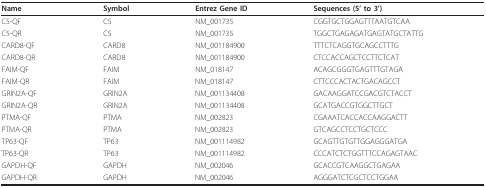
<table><thead><tr><td><b>Name</b></td><td><b>Symbol</b></td><td><b>Entrez Gene ID</b></td><td><b>Sequences (5&#x27; to 3&#x27;)</b></td></tr></thead><tbody><tr><td>C5-QF</td><td>C5</td><td>NM_001735</td><td>CGGTGCTGGAGTTTAATGTCAA</td></tr><tr><td>C5-QR</td><td>C5</td><td>NM_001735</td><td>TGGCTGAGAGATGAGTATGCTATTG</td></tr><tr><td>CARD8-QF</td><td>CARD8</td><td>NM_001184900</td><td>TTTCTCAGGTGCAGCCTTTG</td></tr><tr><td>CARD8-QR</td><td>CARD8</td><td>NM_001184900</td><td>CTCCACCAGCTCCTTCTCAT</td></tr><tr><td>FAIM-QF</td><td>FAIM</td><td>NM_018147</td><td>ACAGCGGGTGAGTTTGTAGA</td></tr><tr><td>FAIM-QR</td><td>FAIM</td><td>NM_018147</td><td>CTTCCCACTACTGACAGCCT</td></tr><tr><td>GRIN2A-QF</td><td>GRIN2A</td><td>NM_001134408</td><td>GACAAGGATCCGACGTCTACCT</td></tr><tr><td>GRIN2A-QR</td><td>GRIN2A</td><td>NM_001134408</td><td>GCATGACCGTGGCTTGCT</td></tr><tr><td>PTMA-QF</td><td>PTMA</td><td>NM_002823</td><td>CGAAATCACCACCAAGGACTT</td></tr><tr><td>PTMA-QR</td><td>PTMA</td><td>NM_002823</td><td>GTCAGCCTCCTGCTCCC</td></tr><tr><td>TP63-QF</td><td>TP63</td><td>NM_001114982</td><td>GCAGTTGTGTTGGAGGGATGA</td></tr><tr><td>TP63-QR</td><td>TP63</td><td>NM_001114982</td><td>CCCATCTCTGGTTTCCAGAGTAAC</td></tr><tr><td>GAPDH-QF</td><td>GAPDH</td><td>NM_002046</td><td>GCACCGTCAAGGCTGAGAA</td></tr><tr><td>GAPDH-QR</td><td>GAPDH</td><td>NM_002046</td><td>AGGGATCTCGCTCCTGGAA</td></tr></tbody></table>